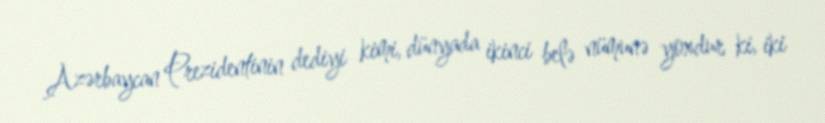
Azərbaycan Prezidentinin dediyi kimi, dünyada ikinci belə nümunə yoxdur ki, iki